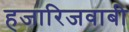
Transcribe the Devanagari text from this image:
हजारिजवाबी